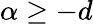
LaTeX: \alpha\geq-d